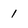
Character: 1